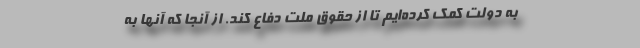
به دولت کمک کرده‌ایم تا از حقوق ملت دفاع کند. از آنجا که آنها به